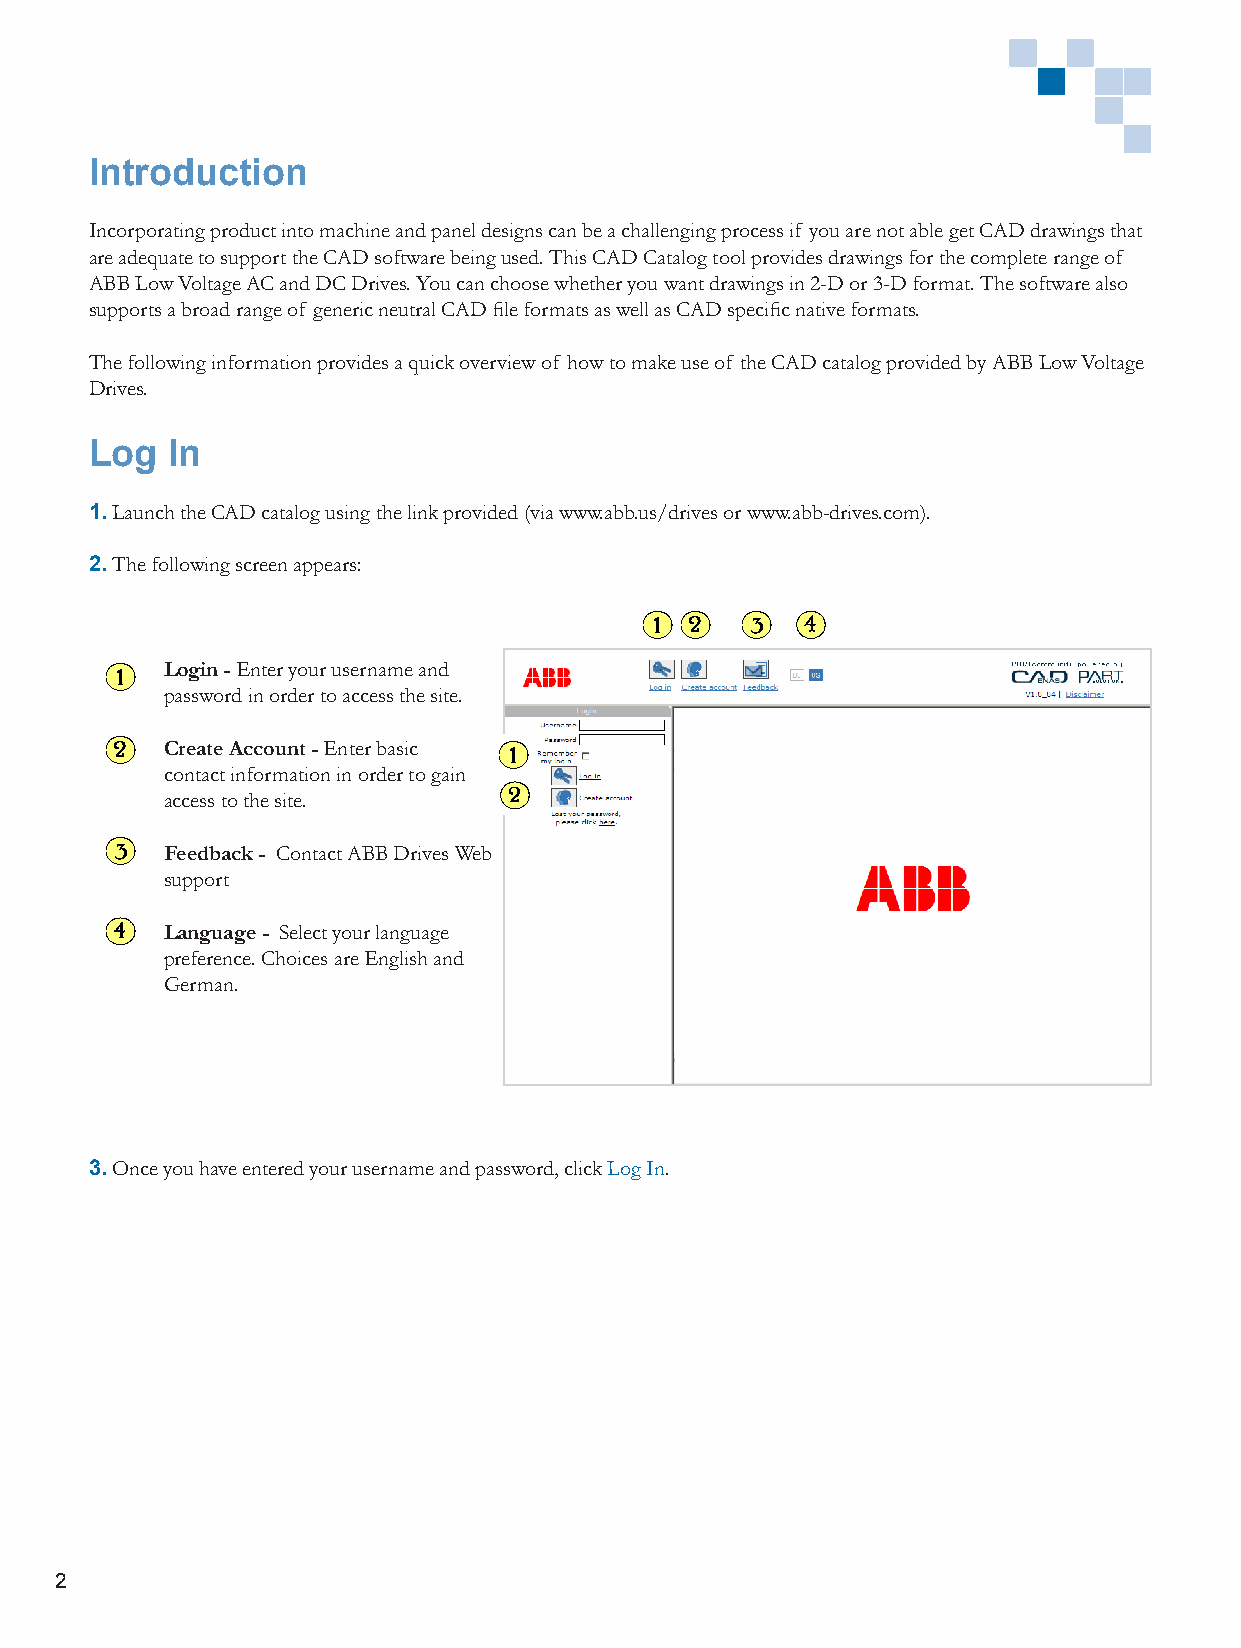
Introduction
 Incorporating product into machine and panel designs can be a challenging process if you are not able get CAD drawings that
 are adequate to support the CAD software being used. This CAD Catalog tool provides drawings for the complete range of
 ABB Low Voltage AC and DC Drives. You can choose whether you want drawings in 2-D or 3-D format. The software also
 supports a broad range of generic neutral CAD file formats as well as CAD specific native formats.
 The following information provides a quick overview of how to make use of the CAD catalog provided by ABB Low Voltage
 Drives.
 Log  In
 1. Launch the CAD catalog using the link provided (via www.abb.us/drives or www.abb-drives.com).
 2. The following screen appears:
 Login - Enter your username and
 password in order to access the site.
 Create Account - Enter basic
 contact information in order to gain
 access to the site.
 Feedback - Contact ABB Drives Web
 support
 Language - Select your language
 preference. Choices are English and
 German.
 3. Once you have entered your username and password, click Log In.
 